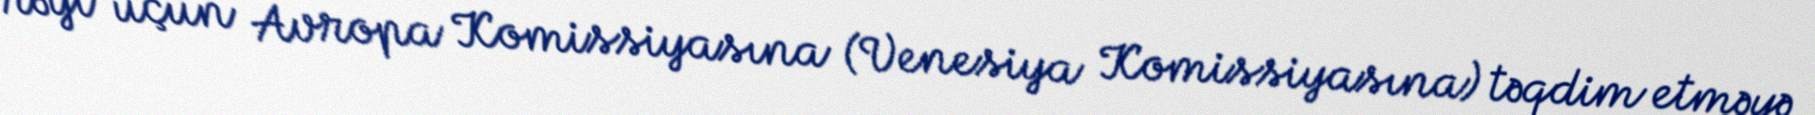
rəyi üçün Avropa Komissiyasına (Venesiya Komissiyasına) təqdim etməyə